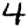
Digit: 4